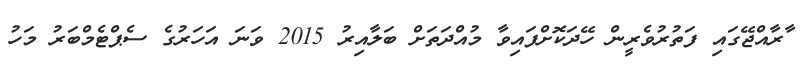
ާރާއްޖޭގައި ފަތުރުވެރީން ހޭދަކޮށްފައިވާ މުއްދަތަށް ބަލާއިރު 2015 ވަނަ އަހަރުގެ ސެޕްޓެމްބަރު މަހު